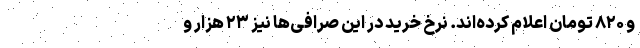
و ۸۲۰ تومان اعلام کرده‌اند. نرخ خرید در این صرافی‌ها نیز ۲۳ هزار و